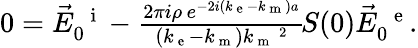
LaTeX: \begin{array}{r}{0=\vec{E}_{0}^{\mathrm{~\, ~i~}}-\frac{2\pi i\rho\, e^{-2i(k_{\mathrm{~e~}}-k_{\mathrm{~m~}})a}}{(k_{\mathrm{~e~}}-k_{\mathrm{~m~}})k_{\mathrm{~m~}}\, \! \! \, \! \, \, \! \, \, \! \! \, \! \, \, \! \! \, \! \! \, \! \, \, \! \! \, \! \! \, \! \, \, \! \, \, \! \! \, \! \, \, \! \! \, \! \! \, \! \, \, \! \, \, \! \! \, \! \, \, \! \, \, \! \! \, \! \, \, \! \! \, \! \! \, \! \, \, \! \, \, \! \! \, \! \, \, \! \, \, \! \! ^{2}}\, \! \! \, \! \, \, \! \, \, \! \! \, \! \, \, \! \! \, \! \! \, \! \, \, \! \! \, \! \! \, \! \, \, \! \, \, \! \! \, \! \, \, \! \! \, \! \! \, \! \, \, \! \, \, \! \! \, \! \, \, \! \! S(0)\vec{E}_{0}^{\mathrm{~\, ~e~}}.}\end{array}